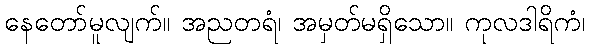
နေတော်မူလျက်။ အညတရံ၊ အမှတ်မရှိသော။ ကုလဒါရိကံ၊